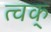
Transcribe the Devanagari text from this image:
त्वक्‌